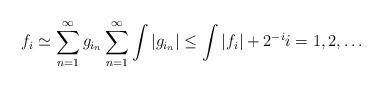
LaTeX: \begin{align*}f_i\simeq \sum_{n=1}^{\infty}g_{i_n} \sum_{n=1}^{\infty}\int |g_{i_n}|\leq \int |f_i|+2^{-i} i=1,2,\ldots \end{align*}